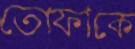
তোফাকে